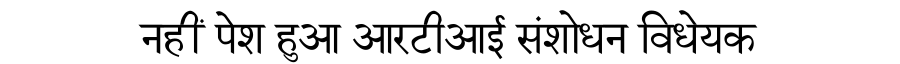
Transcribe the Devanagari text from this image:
नहीं पेश हुआ आरटीआई संशोधन विधेयक